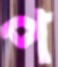
প